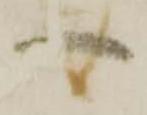
一